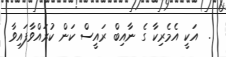
.  އަކީ އެމެރިކާ ގެ ނާއިބް ރައީސް ކަން ކުރައްވާފައިވާ